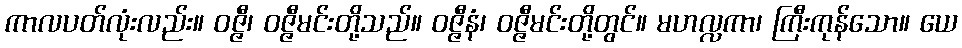
ကာလပတ်လုံးလည်း။ ဝဇ္ဇီ၊ ဝဇ္ဇီမင်းတို့သည်။ ဝဇ္ဇီနံ၊ ဝဇ္ဇီမင်းတို့တွင်။ မဟလ္လကာ၊ ကြီးကုန်သော။ ယေ